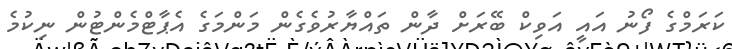
ކަރަމްގެ ފޯނު އައީ އަވިކް ބޭރަށް ދާން ތައްޔާރުވެގެން މަންމަގެ އެޕާޓްމެންޓުން ނިކުމެ